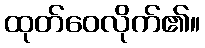
ထုတ်ဝေလိုက်၏။